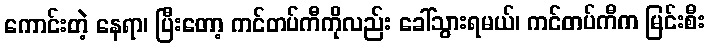
ကောင်းတဲ့ နေရာ၊ ပြီးတော့ ကင်တပ်ကီကိုလည်း ခေါ်သွားရမယ်၊ ကင်တပ်ကီက မြင်းစီး